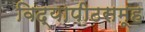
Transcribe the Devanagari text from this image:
विद्यापीठसमूह